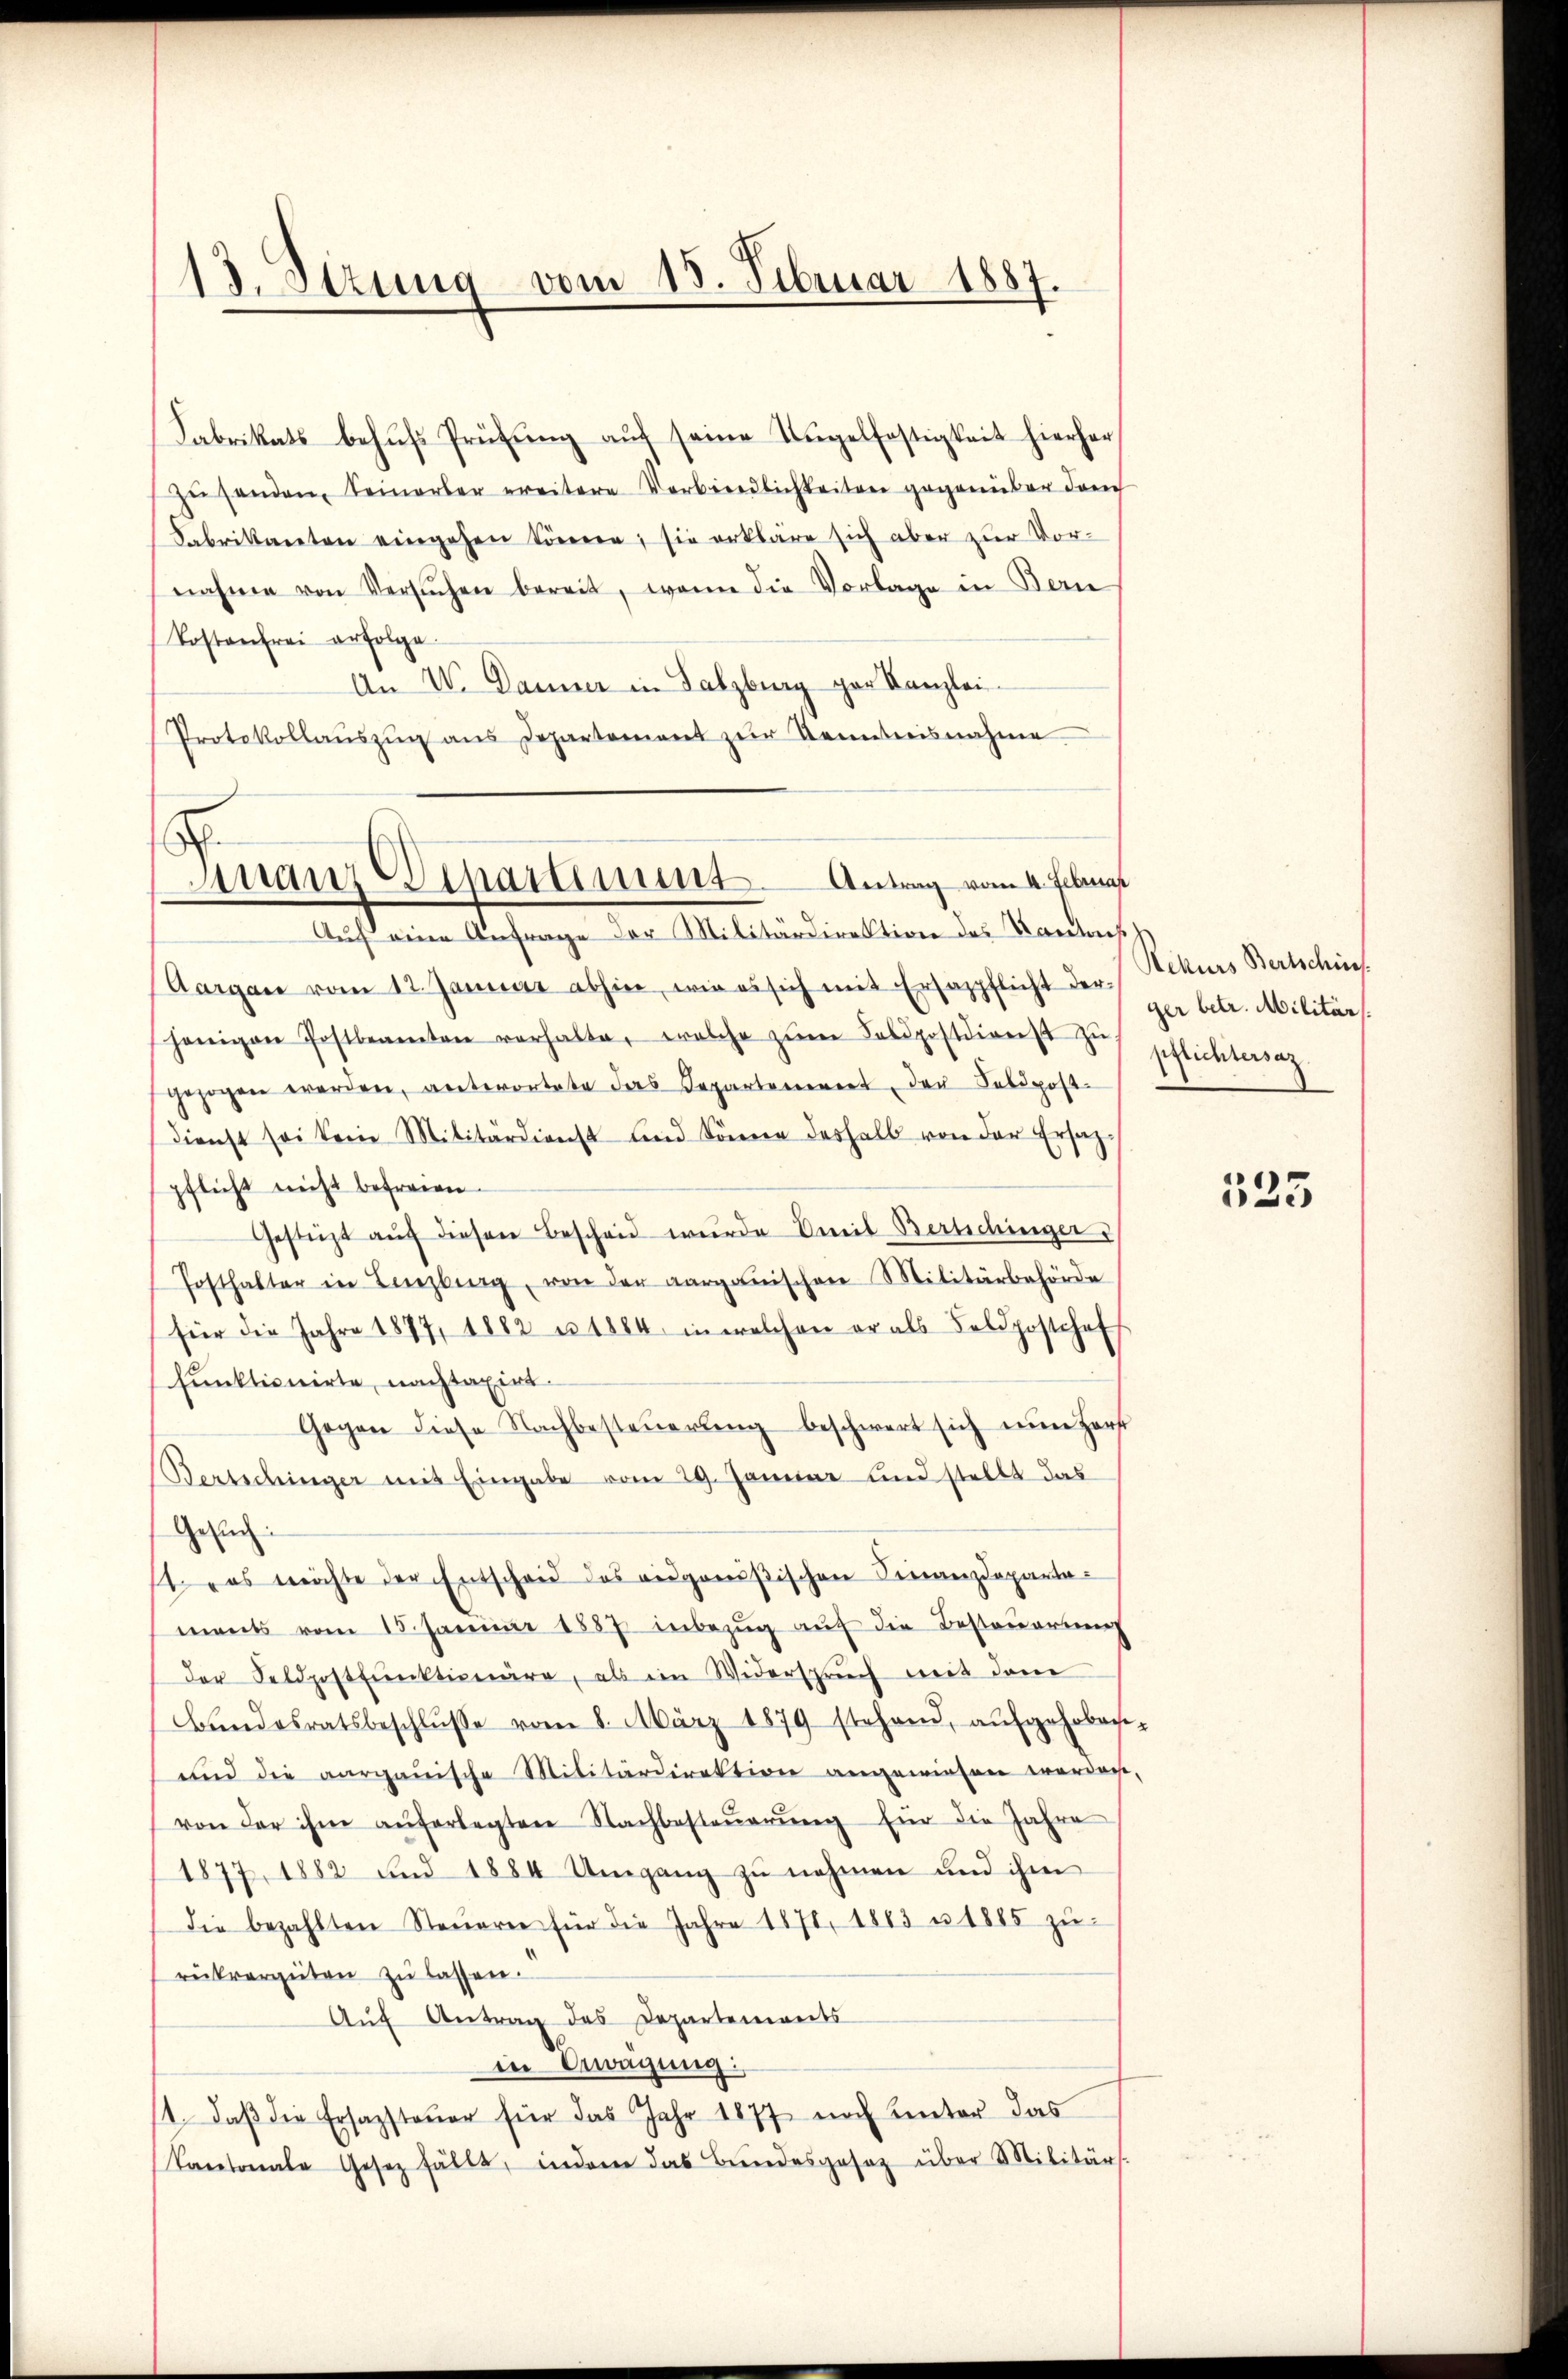
13. Stung vom 18. Februar 1887.

Fabrikats behufs Prüfung auf seine Ungelfestigkeit hierher
zŭsenden Seinerber ereitere Verbindlichkeiten gegenüber dam
Sabrikanten eingehen könne; sie erkläre sich aber zur Vor-
nahme von Versŭchen bereit, wenn die Vorlage in Bern
Kostenfrei erfolge.
An W. Danier in Salzburg gar Kanzlei-
Protokollaŭszŭg ans Departement zŭr Kenntnisnahme

Finanz Departimmt. Antrag vom 4. Februar
Auf eine Anfrage der Militärdirektion des Rautach

Aargau vom 12. Januar abhin, wie es sich mit Ersazpflicht der Rekurs Bertschine
hänigen Postbeamten verhalte, welche zŭm Feldpostdienst ses pflichtersaz.
gezogen werden, antwortete das Departenerent der Feldpost-
dienst sei kein Militärdienst und könne deshalb von der Ersat-
pflicht nicht befreien.
Gestüzt aŭf diesen Bescheid wurde mit Berlichinger
Posthalter in Lenzburg, von der aarganischen Militärbehörde
für die Jahre 1877, 1882 u. 1864 in welchen er als Feldpostchef
funktionirte, nachtaxirt.
Gegen diese Nachbesteŭerŭng beschwert sich nun Herr
Bertschinger mit Eingabe vom 29. Januar und stellt das
Gesuch
1. es möchte der Entscheid des angenößischen Finanzdepartaments vom 15. Januar 1887 inbezug auf die Besteuerung
der Feldpostkŭnktionäre, als ein Widerspruch mit dem
Bundesratsbeschlŭsse vom 8. März 1879 stehend, aŭfgehobene-
und die aargauische Militärdirektion angewiesen werden,
von der ihm auferlegten Nachbesteŭerŭng für die Jahre
1877, 1882 und 1884 Umgang zu nehmen und ihm
Die bezahlten Steŭern für die Jahre 1871, 1863 u. 1885 zŭ-
rükvergüten zŭ lassen.
Aŭf Antrag des Departements
in Erwägung:
1. daβ die Ersazsteŭer für das Jahr 1877 noch unter das
Kantonale Gesez fällt, indem das Bundesgesetz über Militärs.

ger betr. Militärs.

533